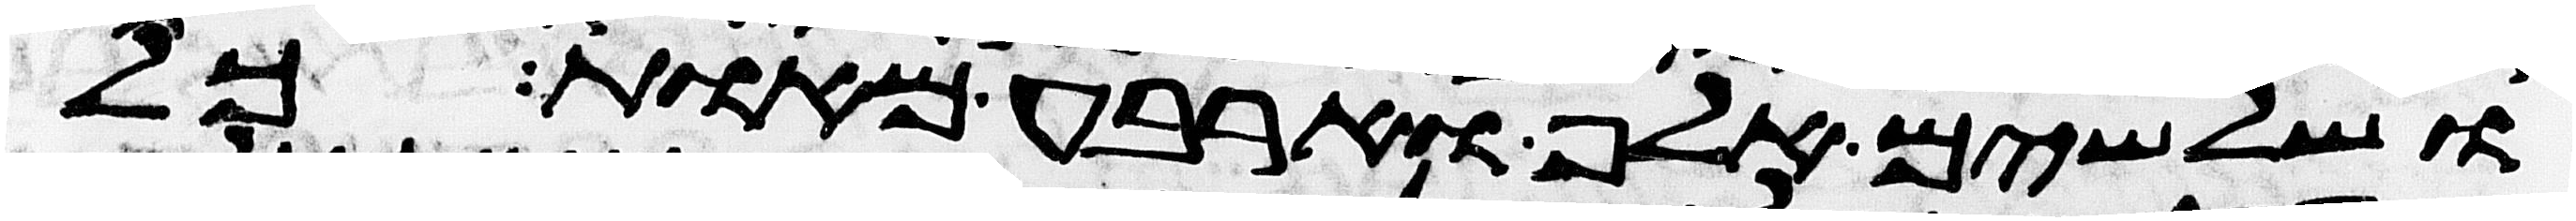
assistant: ושלשים אלף וארבע מאות כל